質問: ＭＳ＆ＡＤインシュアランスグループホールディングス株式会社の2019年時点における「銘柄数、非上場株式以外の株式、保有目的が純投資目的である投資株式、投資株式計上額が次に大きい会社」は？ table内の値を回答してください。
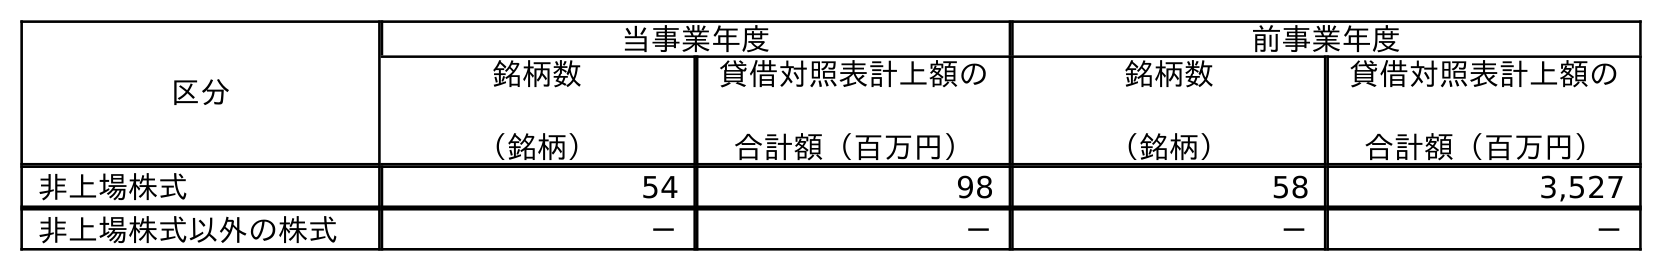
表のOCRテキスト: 区分 当事業年度 前事業年度 銘柄数 （銘柄） 貸借対照表計上額の 合計額（百万円） 銘柄数 （銘柄） 貸借対照表計上額の 合計額（百万円） 非上場株式 54 98 58 3,527 非上場株式以外の株式 － － － －
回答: －